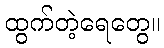
ထွက်တဲ့ရေတွေ။